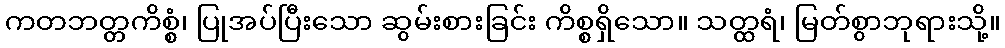
ကတဘတ္တကိစ္စံ၊ ပြုအပ်ပြီးသော ဆွမ်းစားခြင်း ကိစ္စရှိသော။ သတ္ထရံ၊ မြတ်စွာဘုရားသို့။